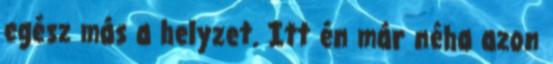
egész más a helyzet. Itt én már néha azon